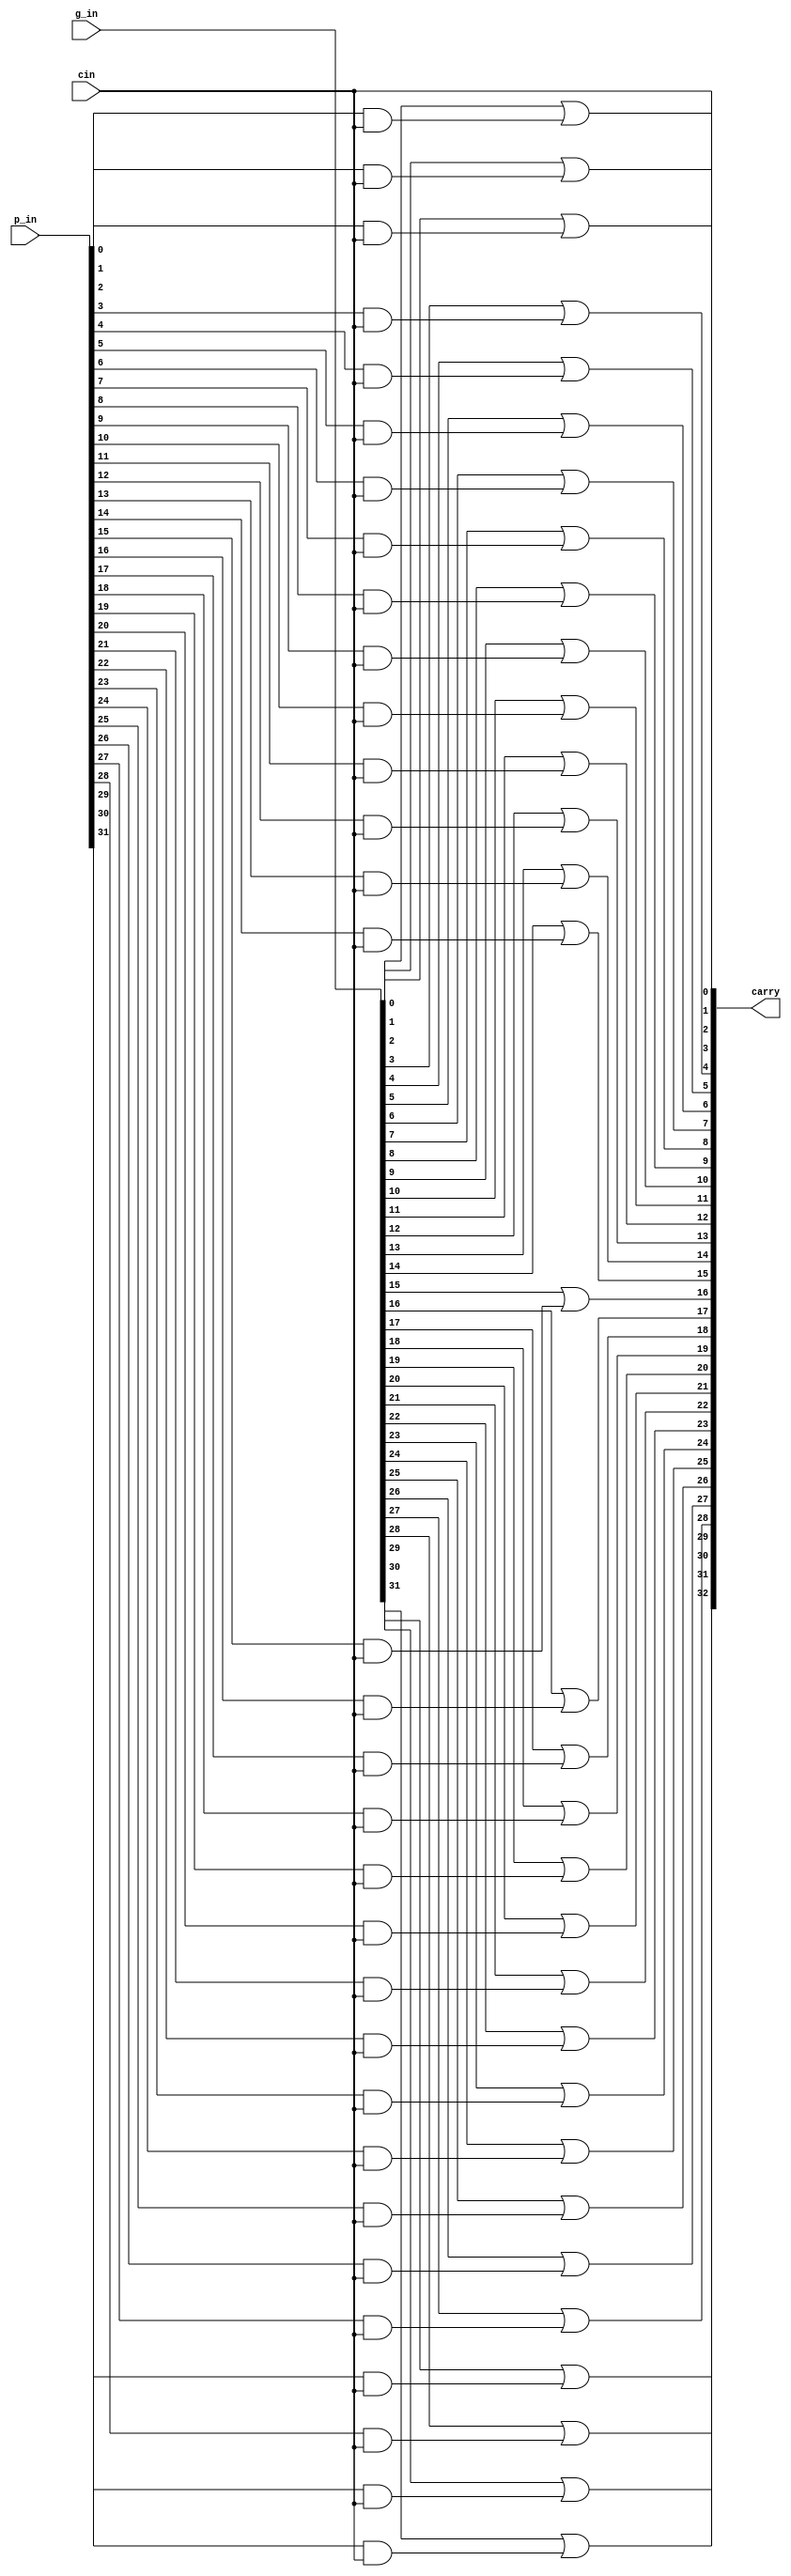
`timescale 1ns / 1ps
//////////////////////////////////////////////////////////////////////////////////
// Company: 
// Engineer: 
// 
// Design Name: 
// Module Name: KSA_Stage7
// Project Name: 
// Target Devices: 
// Tool Versions: 
// Description: 
// 
// Dependencies: 
// 
// Revision:
// Revision 0.01 - File Created
// Additional Comments:
// 
//////////////////////////////////////////////////////////////////////////////////


module KSA_Stage7(input wire [31:0] g_in, input wire [31:0] p_in, input wire cin,
output wire [32:0] carry);
    assign carry[0] = cin;
    assign carry[1] = g_in[0] | (p_in[0] & cin);
    assign carry[2] = g_in[1] | (p_in[1] & cin);
    assign carry[3] = g_in[2] | (p_in[2] & cin);
    assign carry[4] = g_in[3] | (p_in[3] & cin);
    assign carry[5] = g_in[4] | (p_in[4] & cin);
    assign carry[6] = g_in[5] | (p_in[5] & cin);
    assign carry[7] = g_in[6] | (p_in[6] & cin);
    assign carry[8] = g_in[7] | (p_in[7] & cin);
    assign carry[9] = g_in[8] | (p_in[8] & cin);
    assign carry[10] = g_in[9] | (p_in[9] & cin);
    assign carry[11] = g_in[10] | (p_in[10] & cin);
    assign carry[12] = g_in[11] | (p_in[11] & cin);
    assign carry[13] = g_in[12] | (p_in[12] & cin);
    assign carry[14] = g_in[13] | (p_in[13] & cin);
    assign carry[15] = g_in[14] | (p_in[14] & cin);
    assign carry[16] = g_in[15] | (p_in[15] & cin);
    assign carry[17] = g_in[16] | (p_in[16] & cin);
    assign carry[18] = g_in[17] | (p_in[17] & cin);
    assign carry[19] = g_in[18] | (p_in[18] & cin);
    assign carry[20] = g_in[19] | (p_in[19] & cin);
    assign carry[21] = g_in[20] | (p_in[20] & cin);
    assign carry[22] = g_in[21] | (p_in[21] & cin);
    assign carry[23] = g_in[22] | (p_in[22] & cin);
    assign carry[24] = g_in[23] | (p_in[23] & cin);
    assign carry[25] = g_in[24] | (p_in[24] & cin);
    assign carry[26] = g_in[25] | (p_in[25] & cin);
    assign carry[27] = g_in[26] | (p_in[26] & cin);
    assign carry[28] = g_in[27] | (p_in[27] & cin);
    assign carry[29] = g_in[28] | (p_in[28] & cin);
    assign carry[30] = g_in[29] | (p_in[29] & cin);
    assign carry[31] = g_in[30] | (p_in[30] & cin);
    assign carry[32] = g_in[31] | (p_in[31] & cin);
endmodule